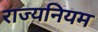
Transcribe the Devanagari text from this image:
राज्यनियम